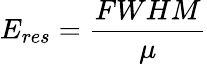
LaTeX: E_{res}=\frac{FWHM}{\mu}